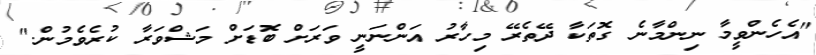
"އެހެންވީމާ ނިންމާނެ ގޮތަކާ ދޭތެރޭ މިހާރު އަންނަނީ ވަރަށް ބޮޑަށް މަޝްވަރާ ކުރެވެމުން."